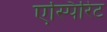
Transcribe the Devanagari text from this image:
एस्पिरिट